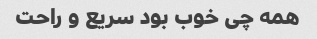
همه چی خوب بود سریع و راحت